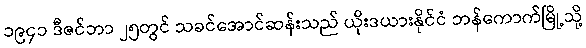
၁၉၄၁ ဒီဇင်ဘာ ၂၅တွင် သခင်အောင်ဆန်းသည် ယိုးဒယားနိုင်ငံ ဘန်ကောက်မြို့သို့